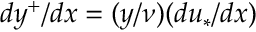
d y ^ { + } / d x = ( y / \nu ) ( d u _ { * } / d x )